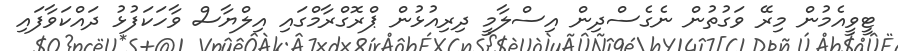
ޓީވީއެމުން މިރޭ ވަގުތުން ނެގެސްދިން އިސްލާމީ ދިރިއުޅުން ޕްރޮގްރާމްގައި އިލްޔާސް ވާހަކަފުޅު ދައްކަވާފައި